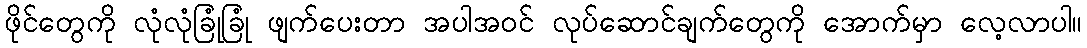
ဖိုင်တွေကို လုံလုံခြုံခြုံ ဖျက်ပေးတာ အပါအဝင် လုပ်ဆောင်ချက်တွေကို အောက်မှာ လေ့လာပါ။